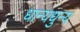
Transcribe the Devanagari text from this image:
धान्यधुन्य